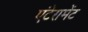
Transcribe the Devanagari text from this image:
एंटेरामेंट